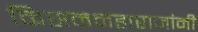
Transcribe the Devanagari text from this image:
किसनमहाराजांनी